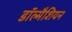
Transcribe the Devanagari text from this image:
डॉल्मैशियन